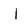
Character: I